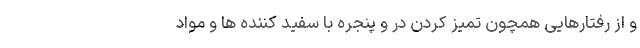
و از رفتارهایی همچون تمیز کردن در و پنجره با سفید کننده ها و مواد